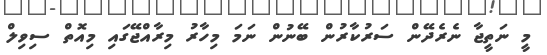
މީ ނަތީޖާ ނެރެދޭން ސަރުކާރުން ބޭނުން ނަމަ މިހާރު މިރާއްޖޭގައި މިއޮތް ސިވިލް